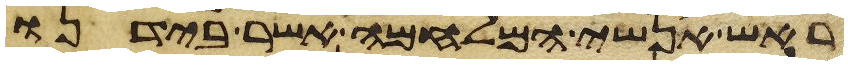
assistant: ראש אנשי המלחמה אשר בידנו